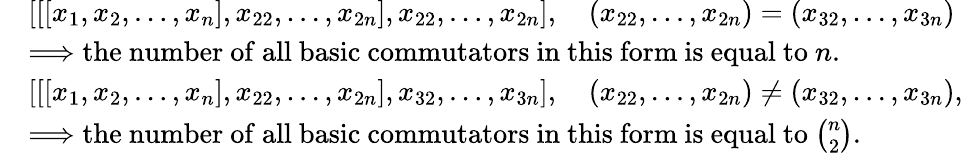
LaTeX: \begin{array}{rl}&{[[[x_{1},x_{2},\dots,x_{n}],x_{22},\dots,x_{2n}],x_{22},\dots,x_{2n}],\quad(x_{22},\dots,x_{2n})=(x_{32},\dots,x_{3n})}\\ &{\Longrightarrow{\mathrm{the~number~of~all~basic~commutators~in~this~form~is~equal~to~}}n.}\\ &{[[[x_{1},x_{2},\dots,x_{n}],x_{22},\dots,x_{2n}],x_{32},\dots,x_{3n}],\quad(x_{22},\dots,x_{2n})\neq(x_{32},\dots,x_{3n}),}\\ &{\Longrightarrow{\mathrm{the~number~of~all~basic~commutators~in~this~form~is~equal~to~}}{\binom{n}{2}}.}\end{array}